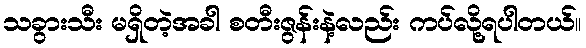
သခွားသီး မရှိတဲ့အခါ စတီးဇွန်းနဲ့လည်း ကပ်လို့ရပါတယ်။